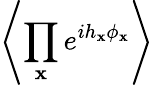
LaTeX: \left\langle\prod_{\mathbf{x}}e^{ih_{\mathbf{x}}\phi_{\mathbf{x}}}\right\rangle